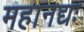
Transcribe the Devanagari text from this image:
महानद्यः